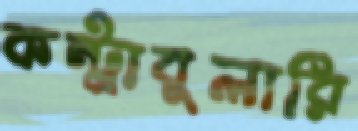
কন্ট্রাবুলারি